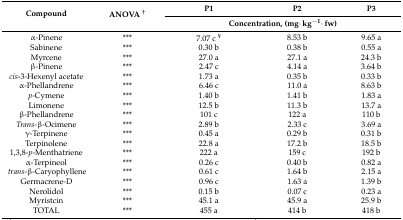
<table><thead><tr><td rowspan="2"><b>Compound</b></td><td rowspan="2"><b>ANOVA <sup>†</sup></b></td><td><b>P1</b></td><td><b>P2</b></td><td><b>P3</b></td></tr><tr><td colspan="3"><b>Concentration, (mg·kg<sup>−1</sup>·fw)</b></td></tr></thead><tbody><tr><td>α-Pinene</td><td>***</td><td>7.07 c <sup>¥</sup></td><td>8.53 b</td><td>9.65 a</td></tr><tr><td>Sabinene</td><td>***</td><td>0.30 b</td><td>0.38 b</td><td>0.55 a</td></tr><tr><td>Myrcene</td><td>***</td><td>27.0 a</td><td>27.1 a</td><td>24.3 b</td></tr><tr><td>β-Pinene</td><td>***</td><td>2.47 c</td><td>4.14 a</td><td>3.64 b</td></tr><tr><td><i>cis</i>-3-Hexenyl acetate</td><td>***</td><td>1.73 a</td><td>0.35 b</td><td>0.33 b</td></tr><tr><td>α-Phellandrene</td><td>***</td><td>6.46 c</td><td>11.0 a</td><td>8.63 b</td></tr><tr><td><i>p</i>-Cymene</td><td>***</td><td>1.40 b</td><td>1.41 b</td><td>1.83 a</td></tr><tr><td>Limonene</td><td>***</td><td>12.5 b</td><td>11.3 b</td><td>13.7 a</td></tr><tr><td>β-Phellandrene</td><td>***</td><td>101 c</td><td>122 a</td><td>110 b</td></tr><tr><td><i>Trans</i>-β-Ocimene</td><td>***</td><td>2.89 b</td><td>2.33 c</td><td>3.69 a</td></tr><tr><td>γ-Terpinene</td><td>***</td><td>0.45 a</td><td>0.29 b</td><td>0.31 b</td></tr><tr><td>Terpinolene</td><td>***</td><td>22.8 a</td><td>17.2 b</td><td>18.5 b</td></tr><tr><td>1,3,8-<i>p</i>-Menthatriene</td><td>***</td><td>222 a</td><td>159 c</td><td>192 b</td></tr><tr><td>α-Terpineol</td><td>***</td><td>0.26 c</td><td>0.40 b</td><td>0.82 a</td></tr><tr><td><i>trans</i>-β-Caryophyllene</td><td>***</td><td>0.61 c</td><td>1.64 b</td><td>2.15 a</td></tr><tr><td>Germacrene-D</td><td>***</td><td>0.96 c</td><td>1.63 a</td><td>1.39 b</td></tr><tr><td>Nerolidol</td><td>***</td><td>0.15 b</td><td>0.07 c</td><td>0.23 a</td></tr><tr><td>Myristcin</td><td>***</td><td>45.1 a</td><td>45.9 a</td><td>25.9 b</td></tr><tr><td>TOTAL</td><td>***</td><td>455 a</td><td>414 b</td><td>418 b</td></tr></tbody></table>